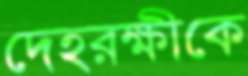
দেহরক্ষীকে